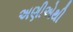
અણીએથી